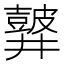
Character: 𪔏